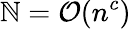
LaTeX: \mathbb{N}=\mathcal{{O}}(n^{c})